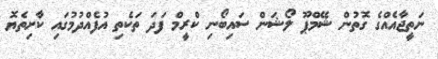
ނަތީޖާއެއްގެ ގޮތުން ޝޭމްޕޫ ލޯޝަން ސައިބޯނި ކްރީމް ފަދަ ތަކެތި އުފެއްދުމުގައި ކާށިތެޔޮ